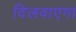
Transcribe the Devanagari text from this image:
दिलवाएगा